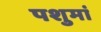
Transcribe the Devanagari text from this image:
पशुमां